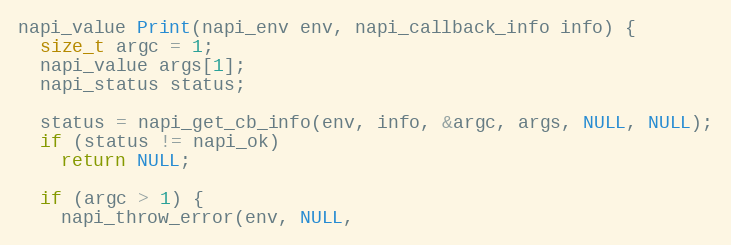
Language: C++
napi_value Print(napi_env env, napi_callback_info info) {
  size_t argc = 1;
  napi_value args[1];
  napi_status status;

  status = napi_get_cb_info(env, info, &argc, args, NULL, NULL);
  if (status != napi_ok)
    return NULL;

  if (argc > 1) {
    napi_throw_error(env, NULL,